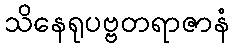
သိနေရုပဗ္ဗတရာဇာနံ